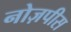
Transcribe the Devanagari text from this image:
नोज़पीस